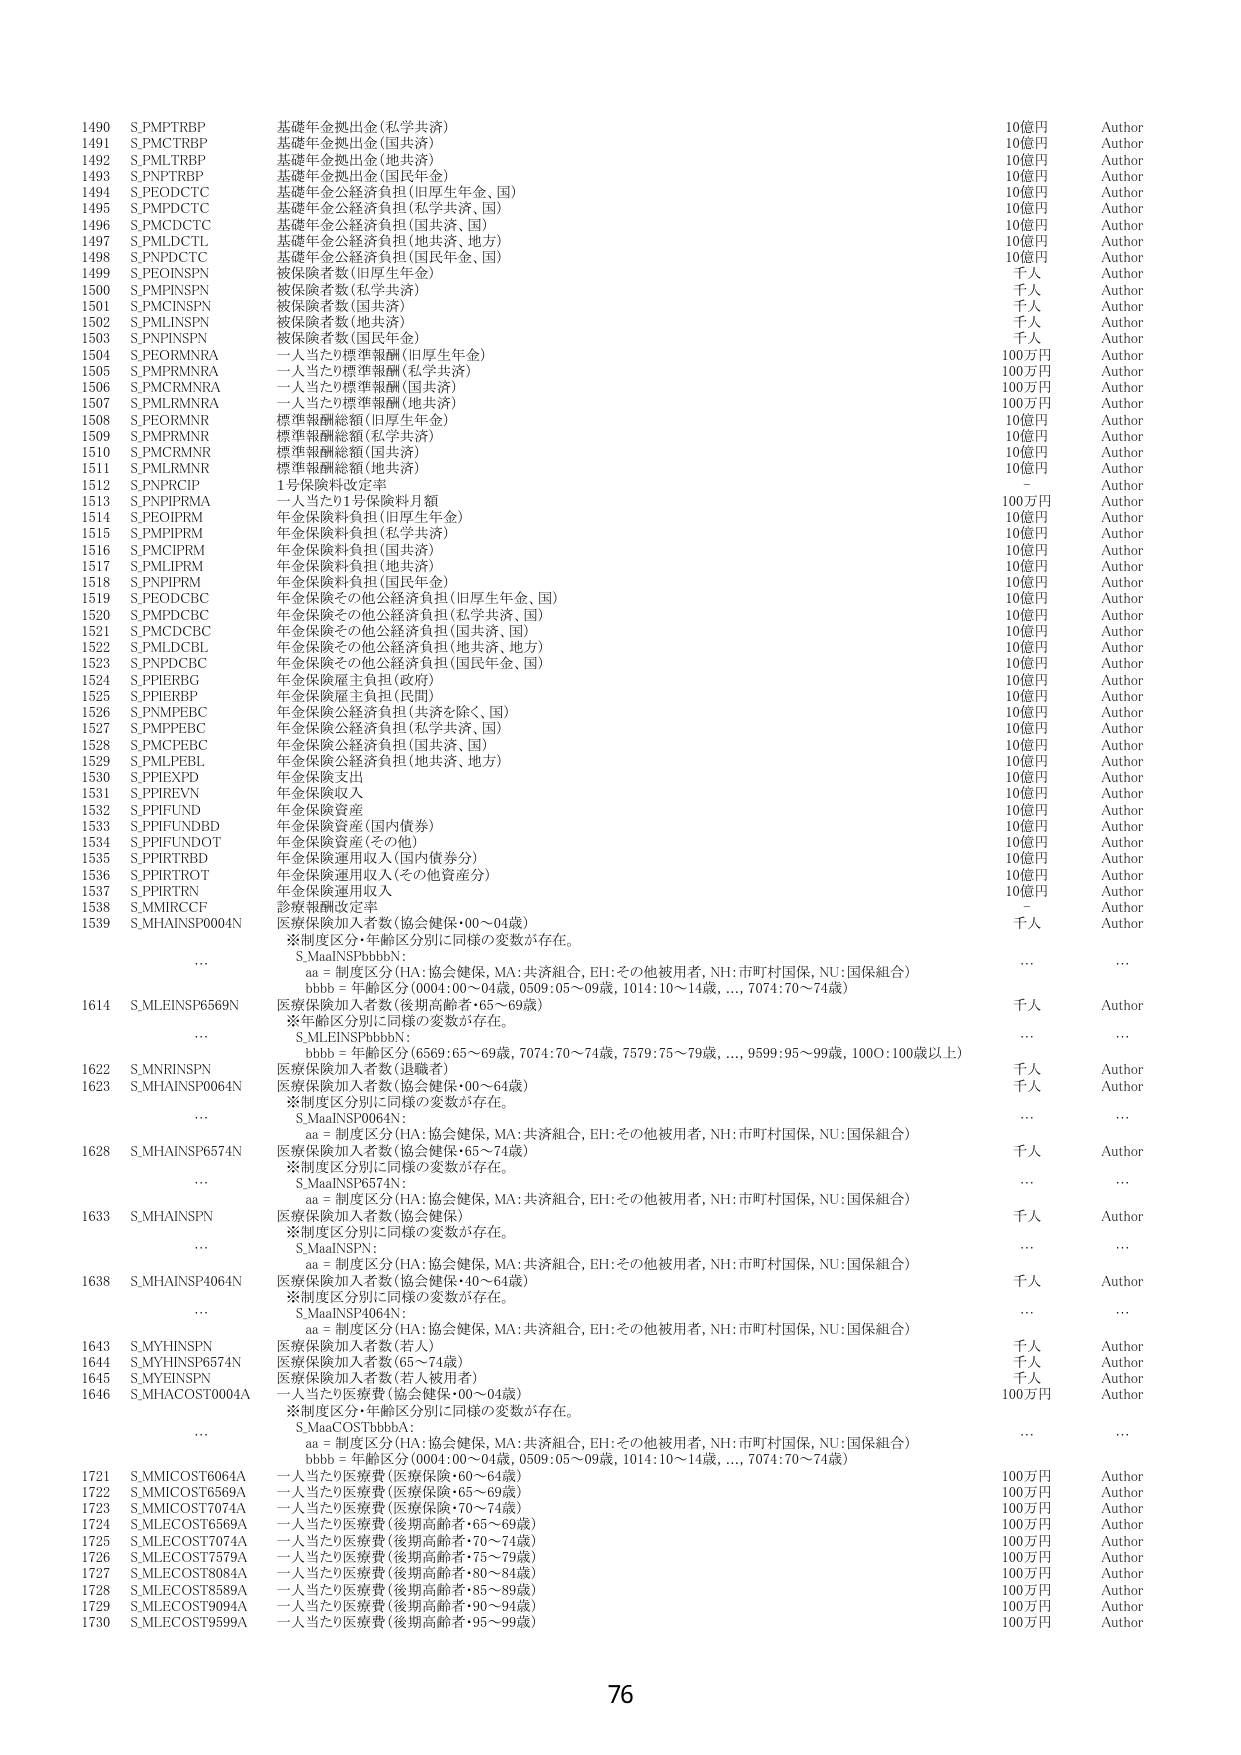
1490 S.PMTRB P 基礎年金拠出金(私学共済) 10億円 Author
1491 S.PMCTRB P 基礎年金拠出金(国共済) 10億円 Author
1492 S.PMLTRB P 基礎年金拠出金(地共済) 10億円 Author
1493 S.PNTRB P 基礎年金拠出金(国民年金) 10億円 Author
1494 S.PEODCTC 基礎年金公経済負担(旧厚生年金、国) 10億円 Author
1495 S.PMIDCTC 基礎年金公経済負担(私学共済、国) 10億円 Author
1496 S.PMIDCTC 基礎年金公経済負担(国共済、国) 10億円 Author
1497 S.PMLDCTL 基礎年金公経済負担(地共済、地方) 10億円 Author
1498 S.PNIDCTC 基礎年金公経済負担(国民年金、国) 10億円 Author
1499 S.PEOINSPN 被保険者数(旧厚生年金) 千人 Author
1500 S.PMINSPN 被保険者数(私学共済) 千人 Author
1501 S.PMCINSPN 被保険者数(国共済) 千人 Author
1502 S.PMLINSPN 被保険者数(地共済) 千人 Author
1503 S.PNINSPN 被保険者数(国民年金) 千人 Author
1504 S.PEORMNRA 一人当たり標準報酬(旧厚生年金) 100万円 Author
1505 S.PMORMNRA 一人当たり標準報酬(私学共済) 100万円 Author
1506 S.PMCRMNRA 一人当たり標準報酬(国共済) 100万円 Author
1507 S.PMLRMNRA 一人当たり標準報酬(地共済) 100万円 Author
1508 S.PEORMNR 標準報酬総額(旧厚生年金) 10億円 Author
1509 S.PMORMNR 標準報酬総額(私学共済) 10億円 Author
1510 S.PMCRMNR 標準報酬総額(国共済) 10億円 Author
1511 S.PMLRMNR 標準報酬総額(地共済) 10億円 Author
1512 S.PNPRCIP 1号保険料改定率 - Author
1513 S.PNPIPRMA 一人当たり1号保険料月額 100万円 Author
1514 S.PEOIPRM 年金保険料負担(旧厚生年金) 10億円 Author
1515 S.PMOIPRM 年金保険料負担(私学共済) 10億円 Author
1516 S.PMCIPRM 年金保険料負担(国共済) 10億円 Author
1517 S.PMLIPRM 年金保険料負担(地共済) 10億円 Author
1518 S.PNPIPRM 年金保険料負担(国民年金) 10億円 Author
1519 S.PEODCBC 年金保険その他公経済負担(旧厚生年金、国) 10億円 Author
1520 S.PMPDCBC 年金保険その他公経済負担(私学共済、国) 10億円 Author
1521 S.PMCDCBC 年金保険その他公経済負担(国共済、国) 10億円 Author
1522 S.PMLDCBL 年金保険その他公経済負担(地共済、地方) 10億円 Author
1523 S.PNPD CBC 年金保険その他公経済負担(国民年金、国) 10億円 Author
1524 S.PPIERBG 年金保険雇主負担(政府) 10億円 Author
1525 S.PPIERBP 年金保険雇主負担(民間) 10億円 Author
1526 S.PNMPEBC 年金保険公経済負担(共済を除く、国) 10億円 Author
1527 S.PMPPEBC 年金保険公経済負担(私学共済、国) 10億円 Author
1528 S.PMCP EBC 年金保険公経済負担(国共済、国) 10億円 Author
1529 S.PMLPEBL 年金保険公経済負担(地共済、地方) 10億円 Author
1530 S.PPIEXPD 年金保険支出 10億円 Author
1531 S.PPIREVN 年金保険収入 10億円 Author
1532 S.PPIFUND 年金保険資産 10億円 Author
1533 S.PPIFUND BD 年金保険資産(国内債券) 10億円 Author
1534 S.PPIFUND OT 年金保険資産(その他) 10億円 Author
1535 S.PPIRTRBD 年金保険運用収入(国内債券分) 10億円 Author
1536 S.PPIRTROT 年金保険運用収入(その他資産分) 10億円 Author
1537 S.PPIRTRN 年金保険運用収入 10億円 Author
1538 S.MMIRCCF 診療報酬改定率 - Author
1539 S_MHAINS P0004N 医療保険加入者数(協会健保・00～04歳) 千人 Author
※制度区分・年齢区分別に同様の変数が存在。
S_MaaINSPbbbbN:
aa = 制度区分(HA:協会健保, MA:共済組合, EH:その他被用者, NH:市町村国保, NU:国保組合)
bbbb = 年齢区分(0004:00～04歳, 0509:05～09歳, 1014:10～14歳,..., 7074:70～74歳)
1614 S_MLEINSP6569N 医療保険加入者数(後期高齢者・65～69歳) 千人 Author
※年齢区分別に同様の変数が存在。
S_MLEINSPbbbbN:
bbbb = 年齢区分(6569:65～69歳, 7074:70～74歳, 7579:75～79歳,..., 9599:95～99歳, 1000:100歳以上)
1622 S_MNRINSPN 医療保険加入者数(退職者) 千人 Author
1623 S_MHAINS P0064N 医療保険加入者数(協会健保・00～64歳) 千人 Author
※制度区分別に同様の変数が存在。
S_MaaINSP0064N:
aa = 制度区分(HA:協会健保, MA:共済組合, EH:その他被用者, NH:市町村国保, NU:国保組合)
1628 S_MHAINS P6574N 医療保険加入者数(協会健保・65～74歳) 千人 Author
※制度区分別に同様の変数が存在。
S_MaaINSP6574N:
aa = 制度区分(HA:協会健保, MA:共済組合, EH:その他被用者, NH:市町村国保, NU:国保組合)
1633 S_MHAINS PN 医療保険加入者数(協会健保) 千人 Author
※制度区分別に同様の変数が存在。
S_MaaINSPN:
aa = 制度区分(HA:協会健保, MA:共済組合, EH:その他被用者, NH:市町村国保, NU:国保組合)
1638 S_MHAINS P4064N 医療保険加入者数(協会健保・40～64歳) 千人 Author
※制度区分別に同様の変数が存在。
S_MaaINSP4064N:
aa = 制度区分(HA:協会健保, MA:共済組合, EH:その他被用者, NH:市町村国保, NU:国保組合)
1643 S_MYHINSPN 医療保険加入者数(若人) 千人 Author
1644 S_MYHINSP6574N 医療保険加入者数(65～74歳) 千人 Author
1645 S_MYHINSPN 医療保険加入者数(若人被用者) 千人 Author
1646 S_MHACOST0004A 一人当たり医療費(協会健保・00～04歳) 100万円 Author
※制度区分・年齢区分別に同様の変数が存在。
S_MaaCOSTbbbbA:
aa = 制度区分(HA:協会健保, MA:共済組合, EH:その他被用者, NH:市町村国保, NU:国保組合)
bbbb = 年齢区分(0004:00～04歳, 0509:05～09歳, 1014:10～14歳,..., 7074:70～74歳)
1721 S_MMICOST6064A 一人当たり医療費(医療保険・60～64歳) 100万円 Author
1722 S_MMICOST6569A 一人当たり医療費(医療保険・65～69歳) 100万円 Author
1723 S_MMICOST7074A 一人当たり医療費(医療保険・70～74歳) 100万円 Author
1724 S_MLEOST6569A 一人当たり医療費(後期高齢者・65～69歳) 100万円 Author
1725 S_MLEOST7074A 一人当たり医療費(後期高齢者・70～74歳) 100万円 Author
1726 S_MLEOST7579A 一人当たり医療費(後期高齢者・75～79歳) 100万円 Author
1727 S_MLEOST8084A 一人当たり医療費(後期高齢者・80～84歳) 100万円 Author
1728 S_MLEOST8589A 一人当たり医療費(後期高齢者・85～89歳) 100万円 Author
1729 S_MLEOST9094A 一人当たり医療費(後期高齢者・90～94歳) 100万円 Author
1730 S_MLEOST9599A 一人当たり医療費(後期高齢者・95～99歳) 100万円 Author
76